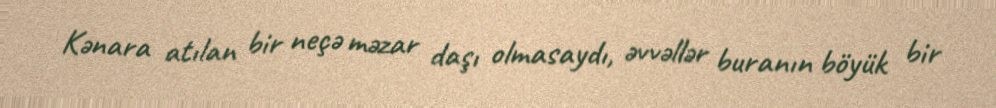
Kənara atılan bir neçə məzar daşı olmasaydı, əvvəllər buranın böyük bir